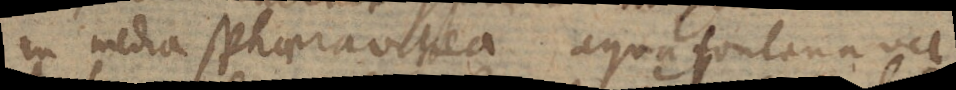
in media sphaera vitrea aqua fontana vel